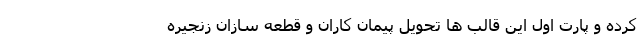
کرده و پارت اول این قالب ها تحویل پیمان کاران و قطعه سازان زنجیره